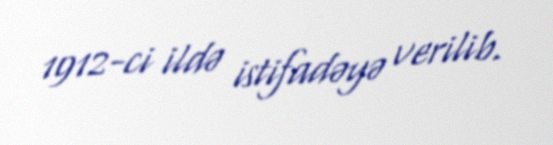
1912-ci ildə istifadəyə verilib.